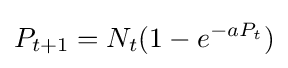
P_{t+1}=N_{t}(1-e^{-aP_{t}})